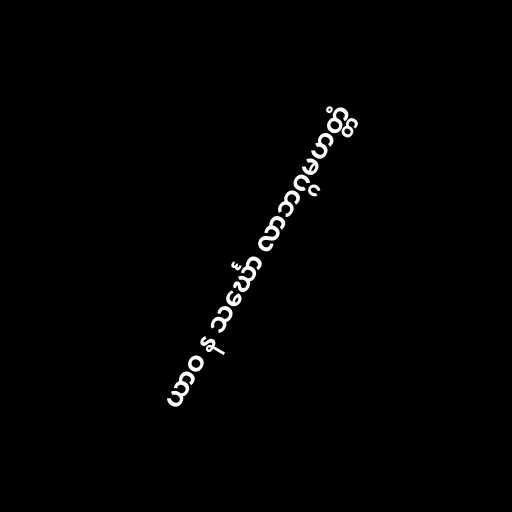
ယာဝ န သင်္ဃော လာဘဂ္ဂမဟတ္တံ